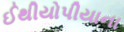
ઈથીયોપીયાના